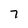
Character: 7